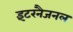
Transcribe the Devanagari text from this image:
इंटरनैजनल